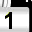
Digit: 1